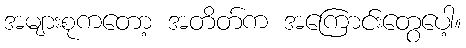
အများစုကတော့ အတိတ်က အကြောင်းတွေပေါ့။